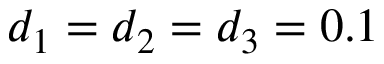
d _ { 1 } = d _ { 2 } = d _ { 3 } = 0 . 1